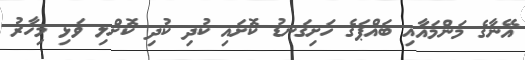
އޭނާގެ މަންމައާއި ބައްޕަގެ ހަށިގަނޑު ކޮށައި ކުދި ކުދި ކޮށްލި ވަޅި މިހާރު